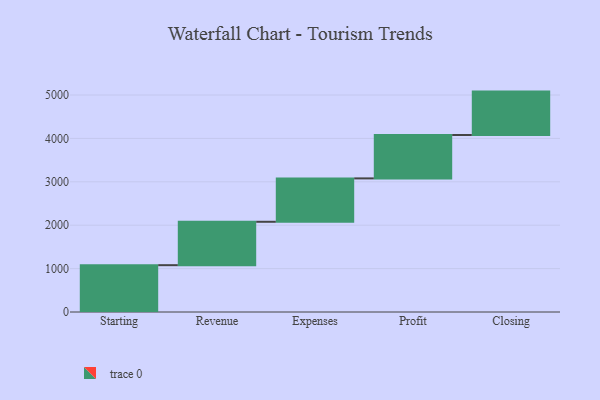
{"axis": {"x": "Step", "y": "Value"}, "legend": [""], "data": [{"x": "Starting", "y": 1079.0, "type": ""}, {"x": "Revenue", "y": 1000, "type": ""}, {"x": "Expenses", "y": 1000, "type": ""}, {"x": "Profit", "y": 1000, "type": ""}, {"x": "Closing", "y": 1000, "type": ""}]}